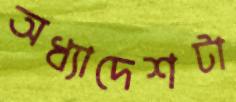
অধ্যাদেশটা